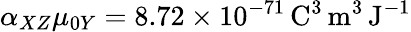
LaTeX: \alpha_{XZ}\mu_{0Y}=8.72\times 10^{-71}\, \mathrm{C}^{3}\, \mathrm{m}^{3}\, \mathrm{J}^{-1}